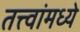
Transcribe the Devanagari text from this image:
तत्त्वांमध्ये